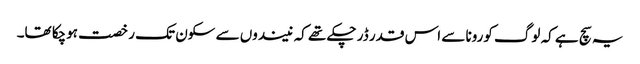
یہ سچ ہے کہ لوگ کورونا سے اس قدر ڈر چکے تھے کہ نیندوں سے سکون تک رخصت ہوچکا تھا۔